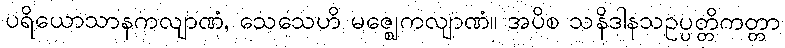
ပရိယောသာနကလျာဏံ, သေသေဟိ မဇ္ဈေကလျာဏံ။ အပိစ သနိဒါနသဥပ္ပတ္တိကတ္တာ